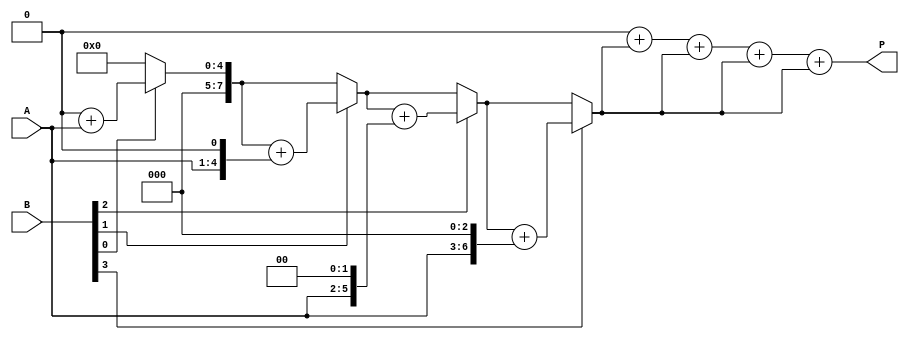
module vedic_multiplier #(parameter N = 4) (
    input [N-1:0] A,
    input [N-1:0] B,
    output reg [2*N-1:0] P
);
    
    reg [2*N-1:0] partial_products [0:N-1]; // Array to hold partial products
    integer i, j;

    // Generate partial products
    always @(*) begin
        // Initialize partial products to zero
        for (i = 0; i < N; i = i + 1) begin
            partial_products[i] = 0;
        end
        
        // Generate partial products based on Urdhva-Tiryagbhyam sutra
        for (i = 0; i < N; i = i + 1) begin
            for (j = 0; j < N; j = j + 1) begin
                // If b[j] is 1, add shifted A to the partial product
                if (B[j]) begin
                    partial_products[i] = partial_products[i] + (A << j);
                end
            end
        end
        
        // Initialize product to zero
        P = 0;

        // Sum the partial products
        for (i = 0; i < N; i = i + 1) begin
            P = P + partial_products[i];
        end
    end

endmodule